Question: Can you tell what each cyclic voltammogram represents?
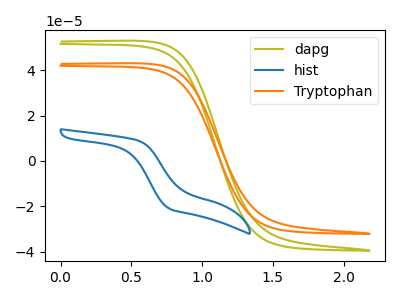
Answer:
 <answer>The olive curve is labeled "dapg". The blue curve is labeled "hist". The orange curve is labeled "Tryptophan".</answer>
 <eval></eval>